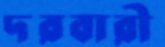
দরবারী